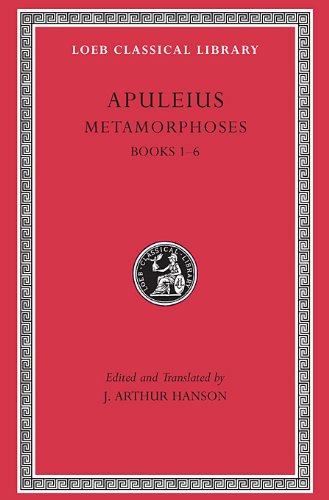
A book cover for Metamorphoses (The Golden Ass), Volume I: Books 1-6 (Loeb Classical Library); Apuleius; Literature & Fiction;